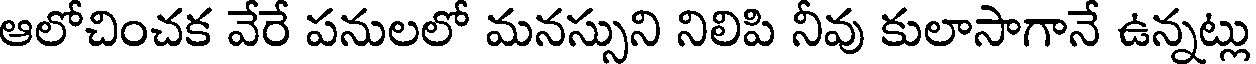
ఆలోచించక వేరే పనులలో మనస్సుని నిలిపి నీవు కులాసాగానే ఉన్నట్లు